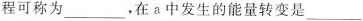
程可称为___，在a中发生的能量转变是___